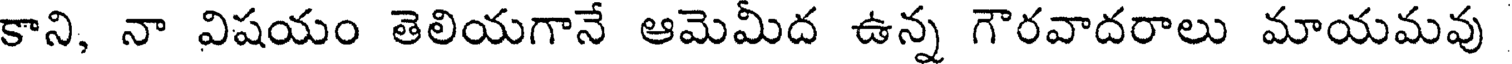
కాని, నా విషయం తెలియగానే ఆమెమీద ఉన్న గౌరవాదరాలు మాయమవు